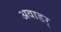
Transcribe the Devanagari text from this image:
अवाडर्